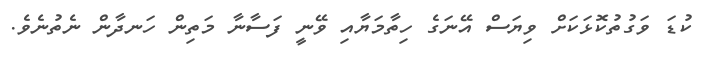
ކުޑަ ވަގުތުކޮޅަކަށް ވިޔަސް އޭނަގެ ހިތާމަޔާއި ވޭނީ ފަސާނާ މަތިން ހަނދާން ނެތުނެވެ.